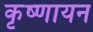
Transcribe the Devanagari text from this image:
कृष्‍णायन